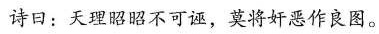
诗曰：天理昭昭不可诬，莫将奸恶作良图。